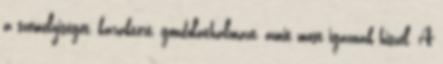
a személyiséget, karaktert, gondolathalmazt, amit most igaznak hiszel. A